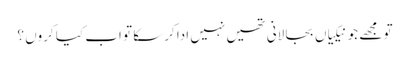
تو مجھے جو نیکیاں بجا لانی تھیں نہیں ادا کرسکا تو اب کیا کروں ؟